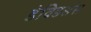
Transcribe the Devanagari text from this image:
डेविडसंस